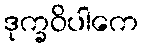
ဒုက္ခဝိပါကေ